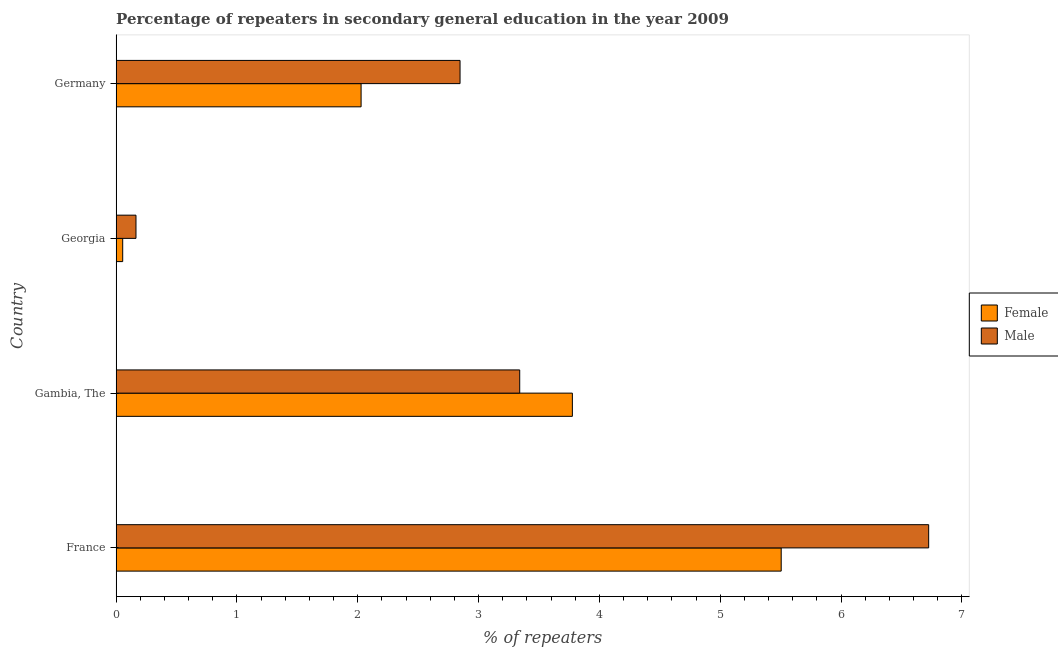
| Country | Female | Male |
 | --- | --- | --- |
 | France | 5.5 | 6.72 |
 | Gambia, The | 3.78 | 3.34 |
 | Georgia | 0.0543 | 0.164 |
 | Germany | 2.03 | 2.85 |